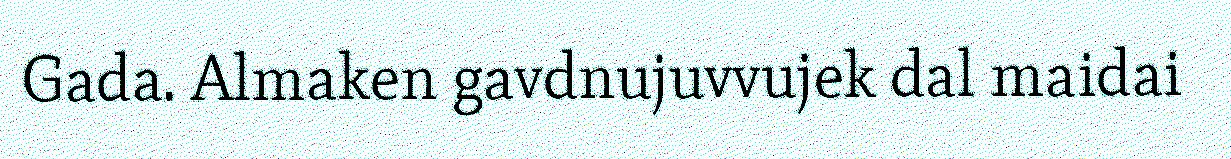
Gada. Almaken gavdnujuvvujek dal maidai